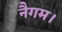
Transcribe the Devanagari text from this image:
नैगम।